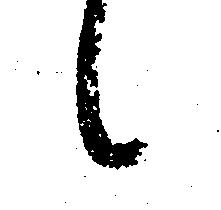
候